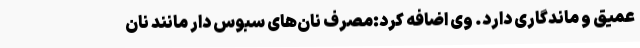
عمیق و ماندگاری دارد. وی اضافه کرد:مصرف نان‌های سبوس ‌دار مانند نان